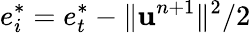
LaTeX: e_{i}^{*}=e_{t}^{*}-\| \mathbf{u}^{n+1}\| ^{2}/2